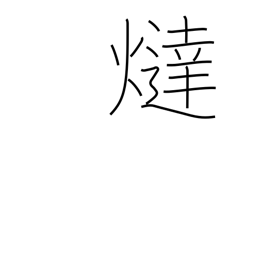
Meaning: foot warmer